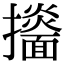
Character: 𢹙